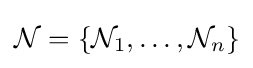
{\mathcal {N}}=\{{\mathcal {N}}_{1},\ldots ,{\mathcal {N}}_{n}\}